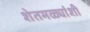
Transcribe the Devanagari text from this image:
शेतमळ्यांशी